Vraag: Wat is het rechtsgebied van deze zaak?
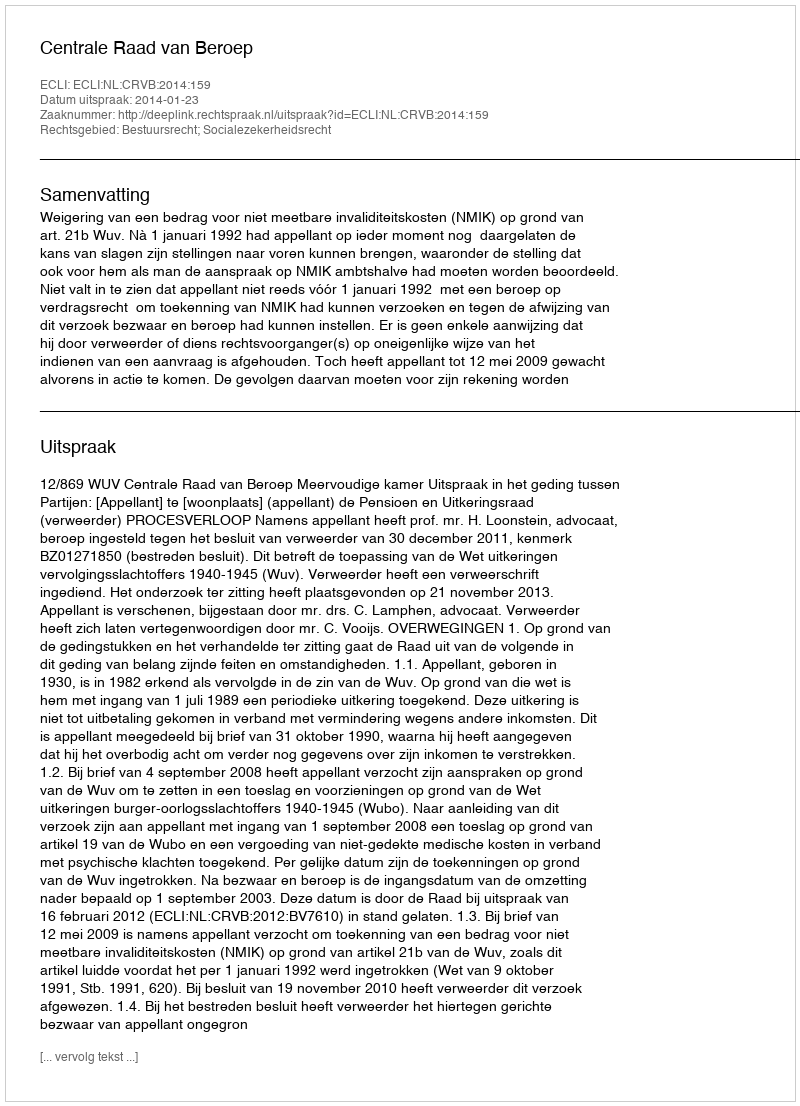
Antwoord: Bestuursrecht; Socialezekerheidsrecht